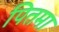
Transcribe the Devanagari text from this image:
पितमा